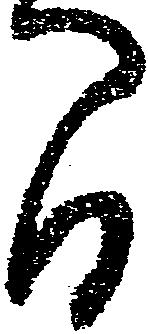
間